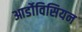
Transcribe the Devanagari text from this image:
आर्डोविसियन